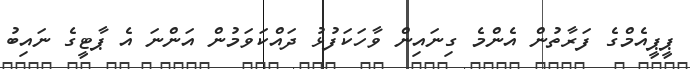
ޕީޕީއެމްގެ ފަރާތުން އެންމެ ގިނައިން ވާހަކަފުޅު ދައްކަވަމުން އަންނަ އެ ޕާޓީގެ ނައިބު